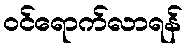
ဝင်ရောက်လာရန်